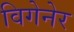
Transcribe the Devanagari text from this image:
विगेनेर